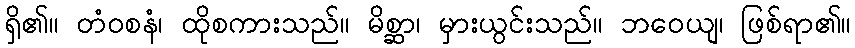
ရှိ၏။ တံဝစနံ၊ ထိုစကားသည်။ မိစ္ဆာ၊ မှားယွင်းသည်။ ဘဝေယျ၊ ဖြစ်ရာ၏။